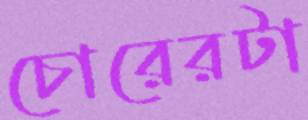
চোরেরটা